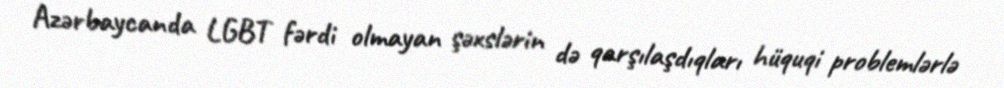
Azərbaycanda LGBT fərdi olmayan şəxslərin də qarşılaşdıqları hüquqi problemlərlə